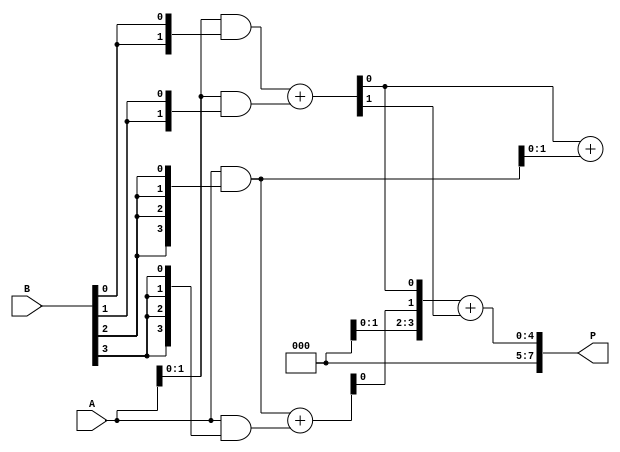
module WallaceTreeMultiplier #(parameter N = 4) (
    input wire [N-1:0] A,
    input wire [N-1:0] B,
    output wire [2*N-1:0] P
);

// Generate Partial Products
wire [N-1:0] pp[N-1:0]; // Array of partial products

genvar i;
generate
    for (i = 0; i < N; i = i + 1) begin : partial_products
        assign pp[i] = A & {N{B[i]}};
    end
endgenerate

// Wallace Tree Reduction Logic
wire [N-1:0] sum_layer1[N/2:0]; // Sums from Layer 1
wire [N/2-1:0] carry_layer1[N/2:0]; // Carries from Layer 1

// Half and Full Adders
genvar j;
generate
    // Layer 1 Reduction
    for (j = 0; j < N/2; j = j + 1) begin : layer1
        if (j < N/2) begin
            // Full Adder for bits 2j, 2j+1, and 2j+2 (check availability in pp array)
            assign {carry_layer1[0][j], sum_layer1[0][j]} = pp[2*j] + pp[2*j + 1];
            if (2*j + 2 < N) begin
                assign {carry_layer1[0][j], sum_layer1[1][j]} = sum_layer1[0][j] + pp[2*j + 2];
            end else begin
                assign carry_layer1[0][j] = 0; // No carry if no third operand
            end
        end
    end
endgenerate

// Further reduction layers can be implemented as needed
// For simplicity, we will reduce only 1 layer in this example 

// Final Sum Calculation (Layer 2)
assign P = sum_layer1[0] + carry_layer1[0];

endmodule